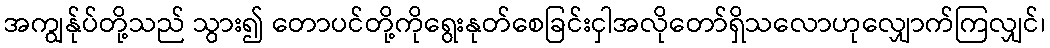
အကျွန်ုပ်တို့သည် သွား၍ တောပင်တို့ကိုရွေးနုတ်စေခြင်းငှါအလိုတော်ရှိသလောဟုလျှောက်ကြလျှင်၊